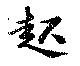
起